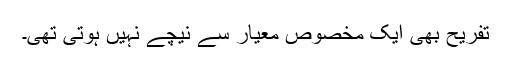
تفریح بھی ایک مخصوص معیار سے نیچے نہیں ہوتی تھی۔